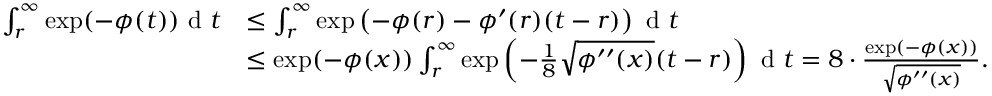
\begin{array} { r l } { \int _ { r } ^ { \infty } \exp ( - \phi ( t ) ) \textup { d } t } & { \le \int _ { r } ^ { \infty } \exp \left( - \phi ( r ) - \phi ^ { \prime } ( r ) ( t - r ) \right) \textup { d } t } \\ & { \le \exp ( - \phi ( x ) ) \int _ { r } ^ { \infty } \exp \left( - \frac 1 8 \sqrt { \phi ^ { \prime \prime } ( x ) } ( t - r ) \right) \textup { d } t = 8 \cdot \frac { \exp ( - \phi ( x ) ) } { \sqrt { \phi ^ { \prime \prime } ( x ) } } . } \end{array}